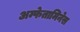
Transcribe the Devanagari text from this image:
अम्फेतामिनेस